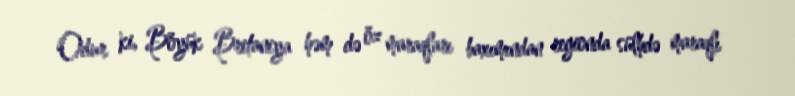
Odur ki, Böyük Britaniya həm də öz maraqları baxımından regionda sülhdə maraqlı